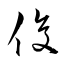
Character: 俊